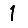
Digit: 1